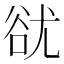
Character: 㞃